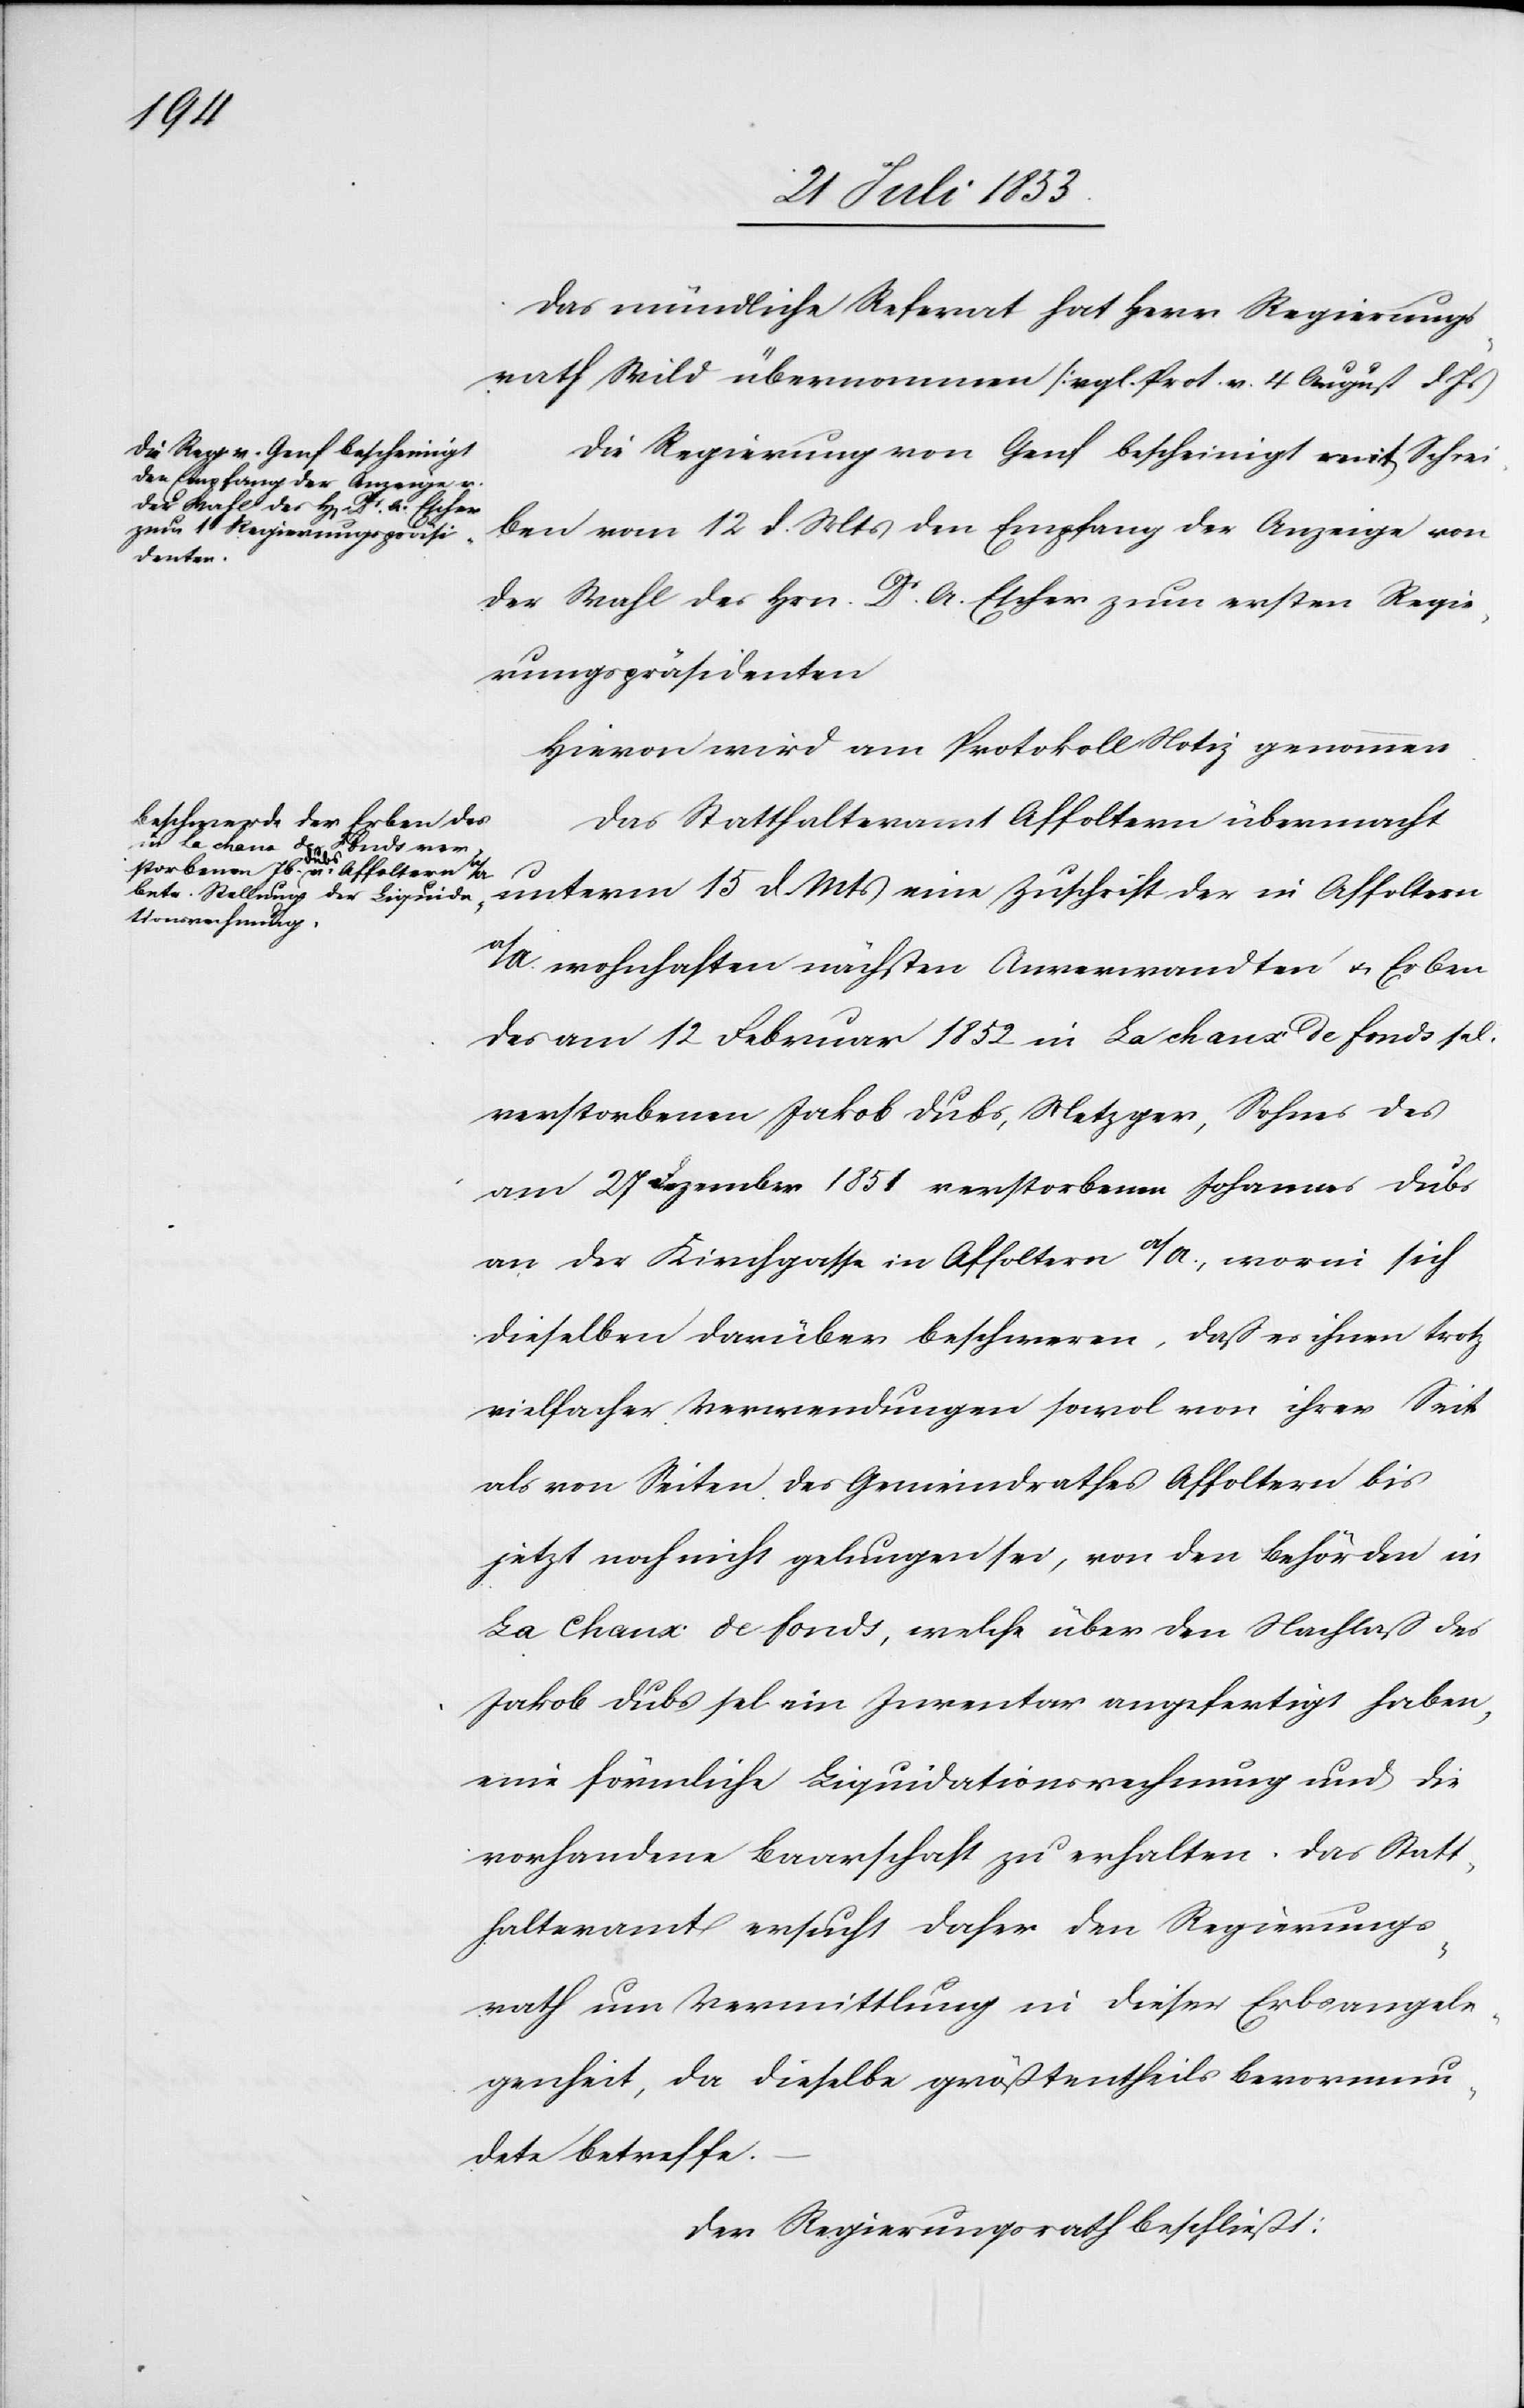
Mts.
Das mündliche Referat hat Herr Regierungs¬
rath Wild übernommen [vgl. Prot. v. 4 August d.
Die Regierung von Genf bescheinigt mit Schrei¬
ben vom 12 d. Mts. den Empfang der Anzeige von
der Wahl des Hrn. Dr A. Escher zum ersten Regie¬
rungspräsidenten.
Hievon wird am Protokoll Notiz genommen.
Das Statthalteramt Affoltern übermacht
15 d.
a/A wohnhaften nächsten Anverwandten u. Erben
des am 12 Februar 1852 in La chaux de fonds sel.
verstorbenen Jakob Dubs, Metzger, Sohnes des
am 27 Dezember 1851 verstorbenen Johannes Dubs
an der Kirchgasse in Affoltern a/A., worin sich
dieselben darüber beschweren, daß es ihnen trotz
vielfacher Verwendungen sowol von ihrer Seite
als von Seiten des Gemeindrathes Affoltern bis
jetzt noch nicht gelungen sei, von den Behörden in
La Chaux de fonds, welche über den Nachlaß des
Jakob Dubs sel ein Inventar angefertigt haben,
eine förmliche Liquidationsrechnung und die
vorhandene Baarschaft zu erhalten. Das Statt¬
halteramt ersucht daher den Regierungs¬
rath um Vermittlung in dieser Erbsangele¬
genheit, da dieselbe größtentheils Bevormun¬
dete betreffe:
Der Regierungsrath beschließt: